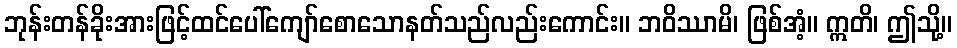
ဘုန်းတန်ခိုးအားဖြင့်ထင်ပေါ်ကျော်စောသောနတ်သည်လည်းကောင်း။ ဘဝိဿာမိ၊ ဖြစ်အံ့။ ဣတိ၊ ဤသို့။